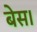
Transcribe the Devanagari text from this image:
बेस।